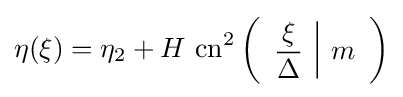
\eta (\xi )=\eta _{2}+H\,\operatorname {cn} ^{2}\left({\begin{array}{c|c}\displaystyle {\frac {\xi }{\Delta }}&m\end{array}}\right)